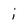
Character: i